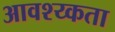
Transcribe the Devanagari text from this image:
आवश्य्कता